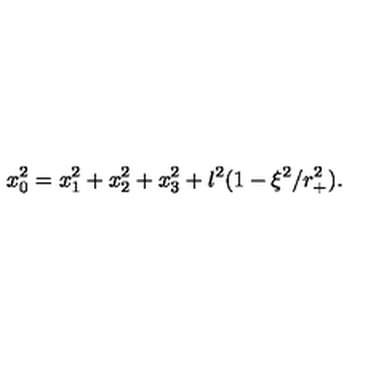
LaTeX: x _ { 0 } ^ { 2 } = x _ { 1 } ^ { 2 } + x _ { 2 } ^ { 2 } + x _ { 3 } ^ { 2 } + l ^ { 2 } ( 1 - \xi ^ { 2 } / r _ { + } ^ { 2 } ) .